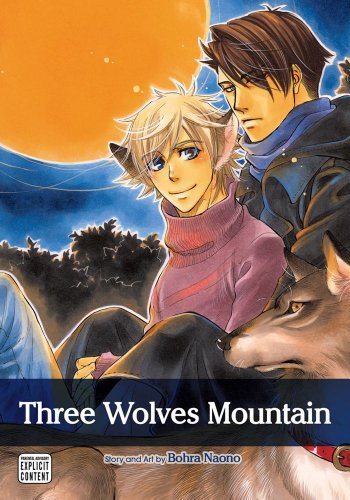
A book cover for Three Wolves Mountain (Yaoi Manga); Bohra Naono; Comics & Graphic Novels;